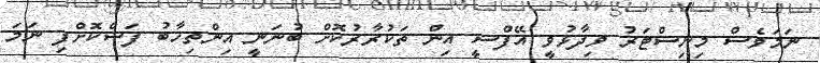
ނަމަވެސް މިނިސްޓަރު ވިދާޅުވީ އޭފްސީ އިން ތަކުރާރުކޮށް ބުނަނީ އިންތިހާބު ފަސްކޮށްފި ނަމަ